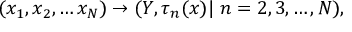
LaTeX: ( x _ { 1 } , x _ { 2 } , \ldots x _ { N } ) \rightarrow ( Y , \tau _ { n } ( x ) | \ n = 2 , 3 , \ldots , N ) ,